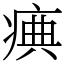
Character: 痶